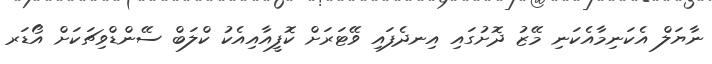
ނާޔަލް އެކަނިމާއެކަނި މޭޒު ދޮށުގައި އިނދެފައި ވޭޓަރަށް ކޮފީއާއިއެކު ކްލަބް ސޭންޑްވިޗަކަށް އޯޑަރ